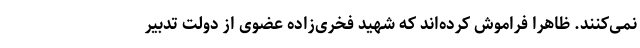
نمی‌کنند. ظاهراً فراموش کرده‌اند که شهید فخری‌زاده عضوی از دولت تدبیر